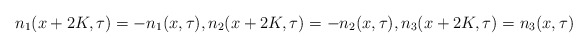
\begin{align*}n_1(x+2K,\tau)=-n_1(x,\tau),n_2(x+2K,\tau)=-n_2(x,\tau),n_3(x+2K,\tau)=n_3(x,\tau)\end{align*}